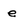
Character: e